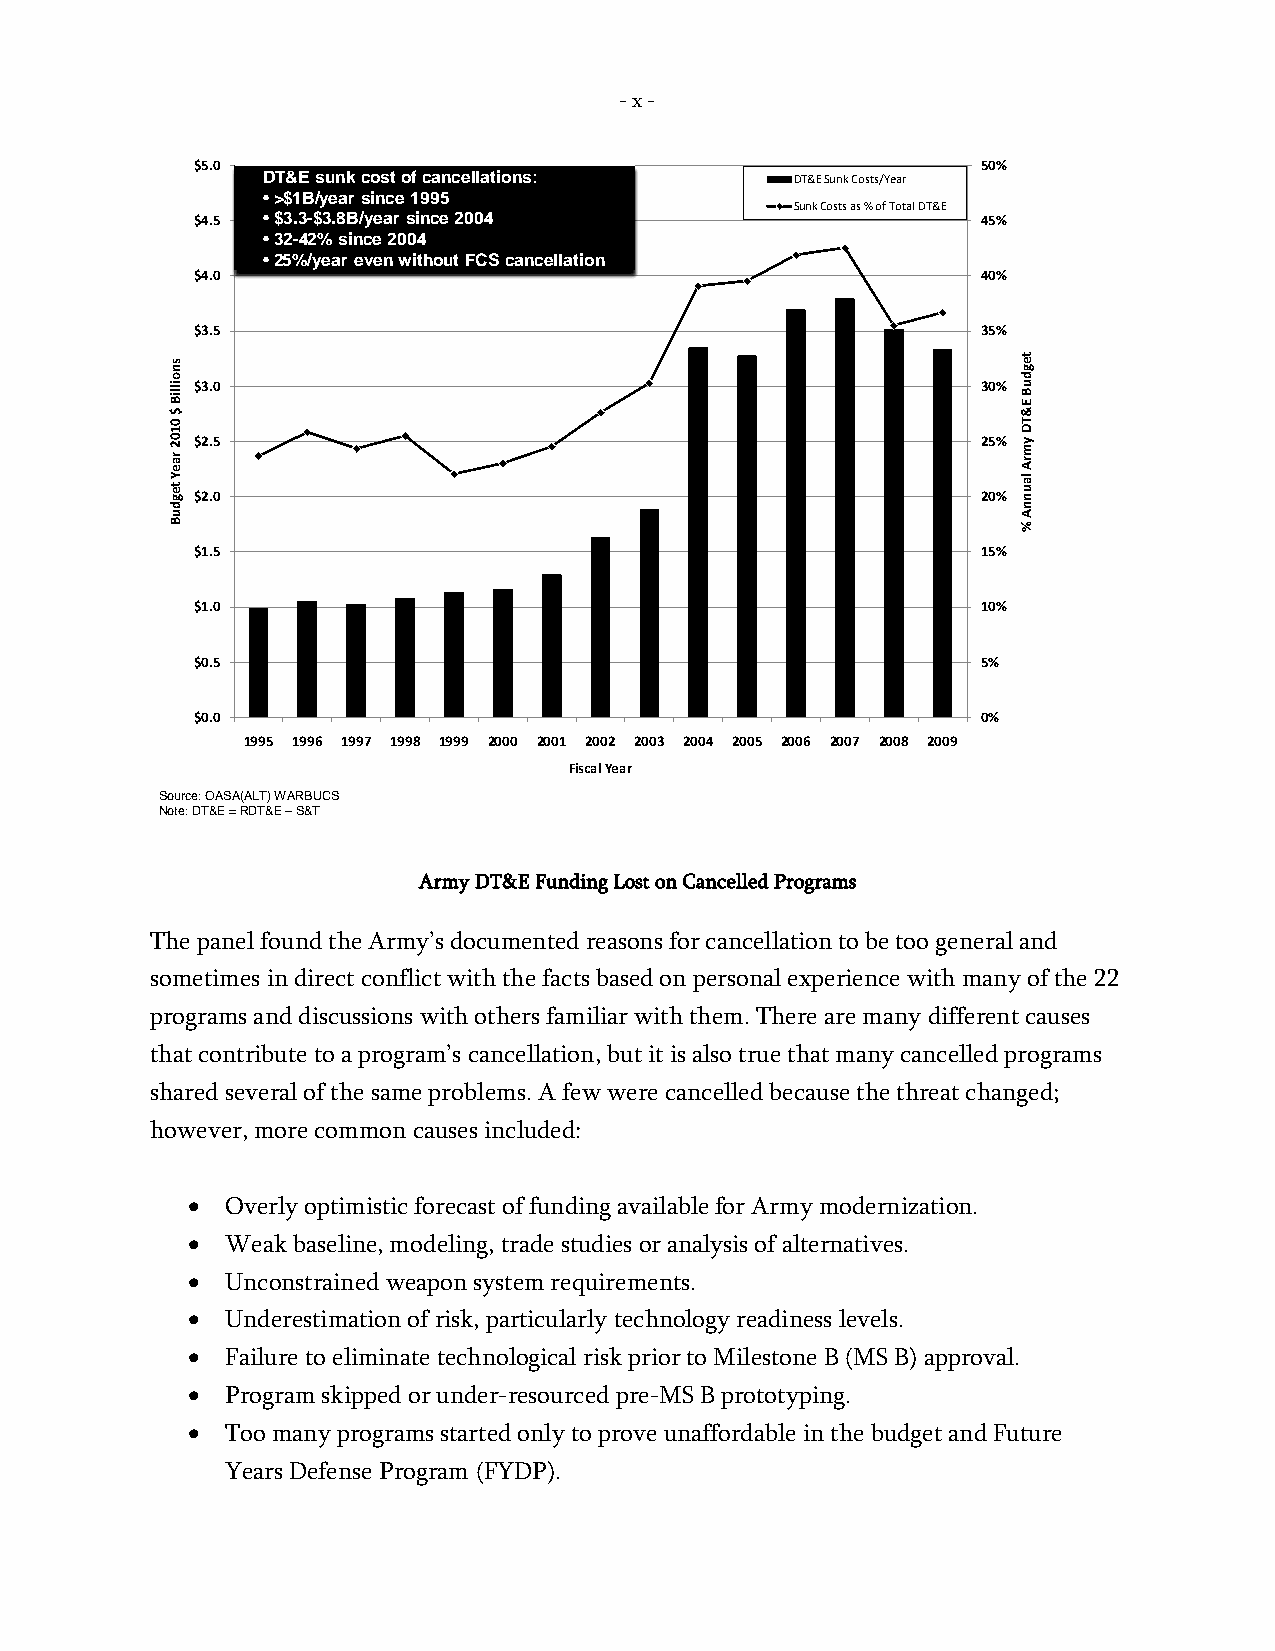
- x -
 $5.0                                                50%
 DT&E sunkcost of cancellations:     DT&E Sunk Costs/Year
 •>$1B/year since 1995
 Sunk Costs as % of Total DT&E
 $4.5 •$3.3-$3.8B/yearsince 2004                     45%
 •32-42% since 2004
 •25%/year even without FCS cancellation
 $4.0                                                40%
 $3.5                                                35%
 $3.0                                                30%
 $2.5                                                25%
 $2.0                                                20%
 $1.5                                                15%
 $1.0                                                10%
 $0.5                                                5%
 $0.0                                                0%
 1995 1996 1997 1998 1999 2000 2001 2002 2003 2004 2005 2006 2007 2008 2009
 Fiscal Year
 Source: OASA(ALT) WARBUCS
 Note: DT&E = RDT&E –S&T
 Army DT&E Funding Lost on Cancelled Programs
 The panel found the Army’s documented reasons for cancellation to be too general and
 sometimes in direct conflict with the facts based on personal experience with many of the 22
 programs and discussions with others familiar with them. There are many different causes
 that contribute to a program’s cancellation, but it is also true that many cancelled programs
 shared several of the same problems. A few were cancelled because the threat changed;
 however, more common causes included:
 •  Overly optimistic forecast of funding available for Army modernization.
 •  Weak baseline, modeling, trade studies or analysis of alternatives.
 •  Unconstrained weapon system requirements.
 •  Underestimation of risk, particularly technology readiness levels.
 •  Failure to eliminate technological risk prior to Milestone B (MS B) approval.
 •  Program skipped or under-resourced pre-MS B prototyping.
 •  Too many programs started only to prove unaffordable in the budget and Future
 Years Defense Program (FYDP).
 snoilliB
 $
 0102
 raeY
 tegduB
 tegduB
 E&TD
 ymrA
 launnA
 %